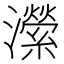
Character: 瀠